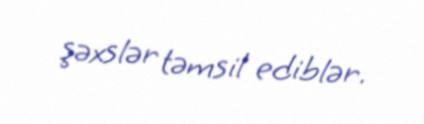
şəxslər təmsil ediblər.